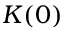
K ( 0 )